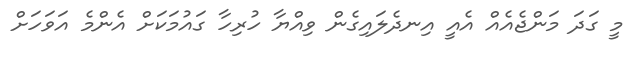
މީ ގަދަ މަންޖެއެއް އެއީ އިނދެލައިގެން ވިއްޔާ ހުރިހާ ގައުމަކަށް އެންމެ އަަވަހަށް